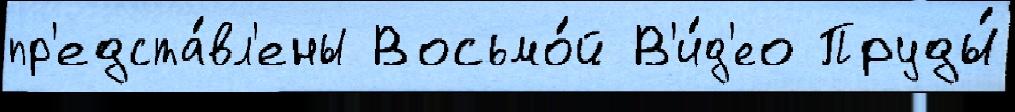
пр'едста́вл'ены Восьмо́й В'и́д'ео Пруды́